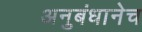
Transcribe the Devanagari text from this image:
अनुबंधानेच